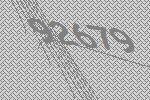
92679